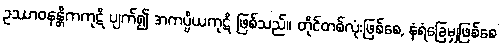
ဥဿာဝနန္တိကကုဋိ ပျက်၍ အကပ္ပိယကုဋိ ဖြစ်သည်။ တိုင်တစ်လုံးဖြစ်စေ, နံရံခြေမျှဖြစ်စေ